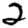
Digit: 2